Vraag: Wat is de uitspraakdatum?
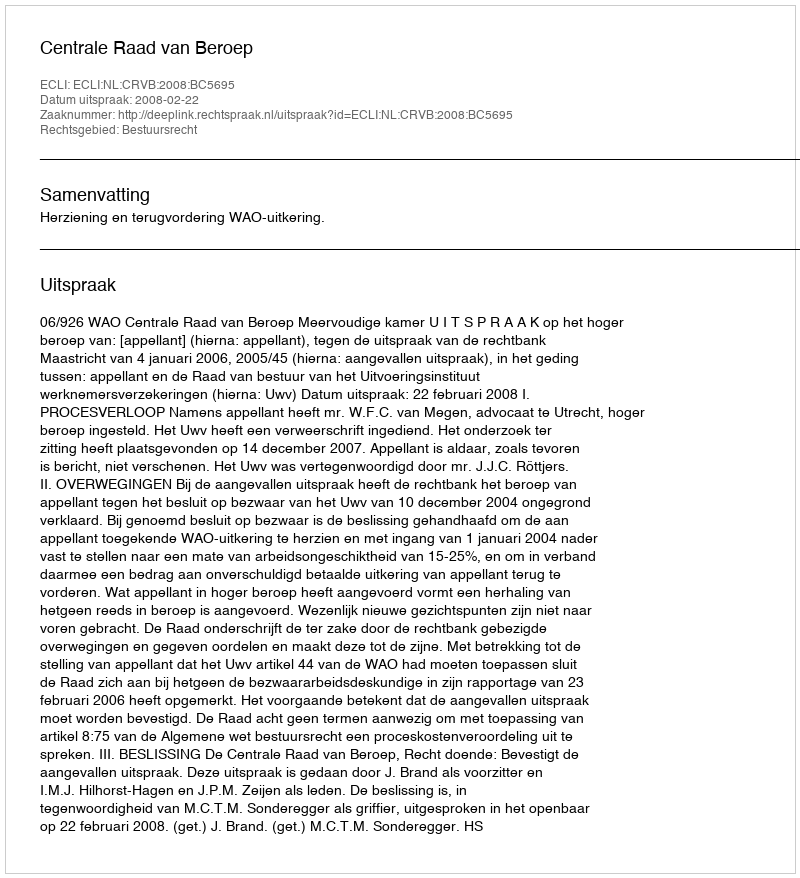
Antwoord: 2008-02-22